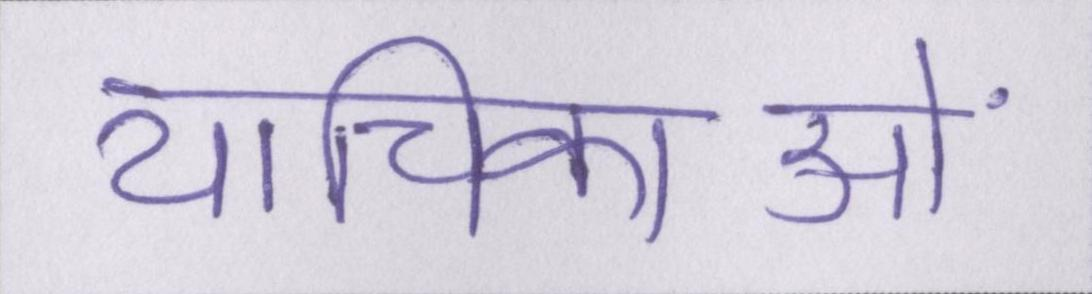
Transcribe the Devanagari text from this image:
याचिकाओं